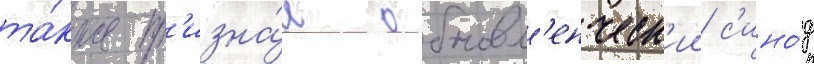
та́кже пр'изна́л обновл'енческ'ии с'ино́д